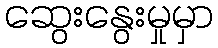
ဆွေးနွေးမှုမှာ